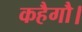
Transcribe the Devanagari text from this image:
कहैगौ।